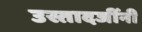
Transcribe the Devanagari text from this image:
उस्तादजींनी